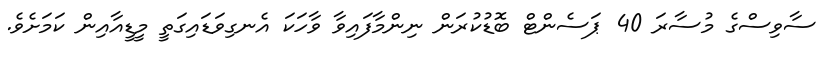
ސާވިސްގެ މުސާރަ 40 ޕަސެންޓް ބޮޑުކުރަން ނިންމާފައިވާ ވާހަކަ އެނގިވަޑައިގަތީ މީޑީއާއިން ކަމަށެވެ.